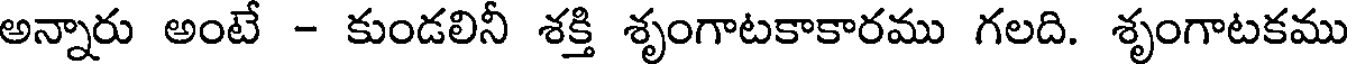
అన్నారు అంటే - కుండలినీ శక్తి శృంగాటకాకారము గలది. శృంగాటకము